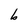
Character: b